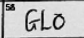
Transcription: GLO